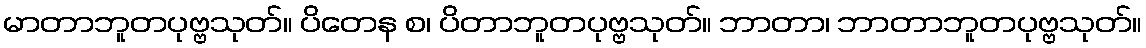
မာတာဘူတပုဗ္ဗသုတ်။ ပိတေန စ၊ ပိတာဘူတပုဗ္ဗသုတ်။ ဘာတာ၊ ဘာတာဘူတပုဗ္ဗသုတ်။